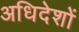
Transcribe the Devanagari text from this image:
अधिदेशों